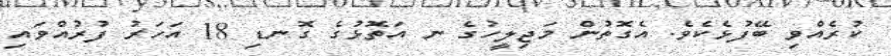
ކުރެއްވި ބޭފުޅެކެވެ. އެގޮތުން މަޖިލީހުގެ ނ އަތޮޅުގެ ގޮނޑި 18 އަހަރު ފުރުއްވައި